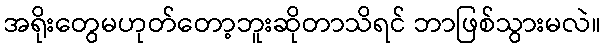
အရိုးတွေမဟုတ်တော့ဘူးဆိုတာသိရင် ဘာဖြစ်သွားမလဲ။